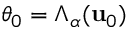
\theta _ { 0 } = \Lambda _ { \alpha } ( \mathbf { u } _ { 0 } )